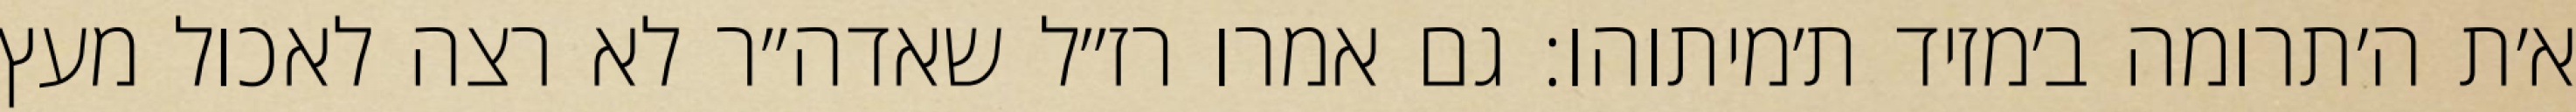
א׳ת ה׳תרומה ב׳מזיד ת׳מיתוהו: גם אמרו רז״ל שאדה״ר לא רצה לאכול מעץ